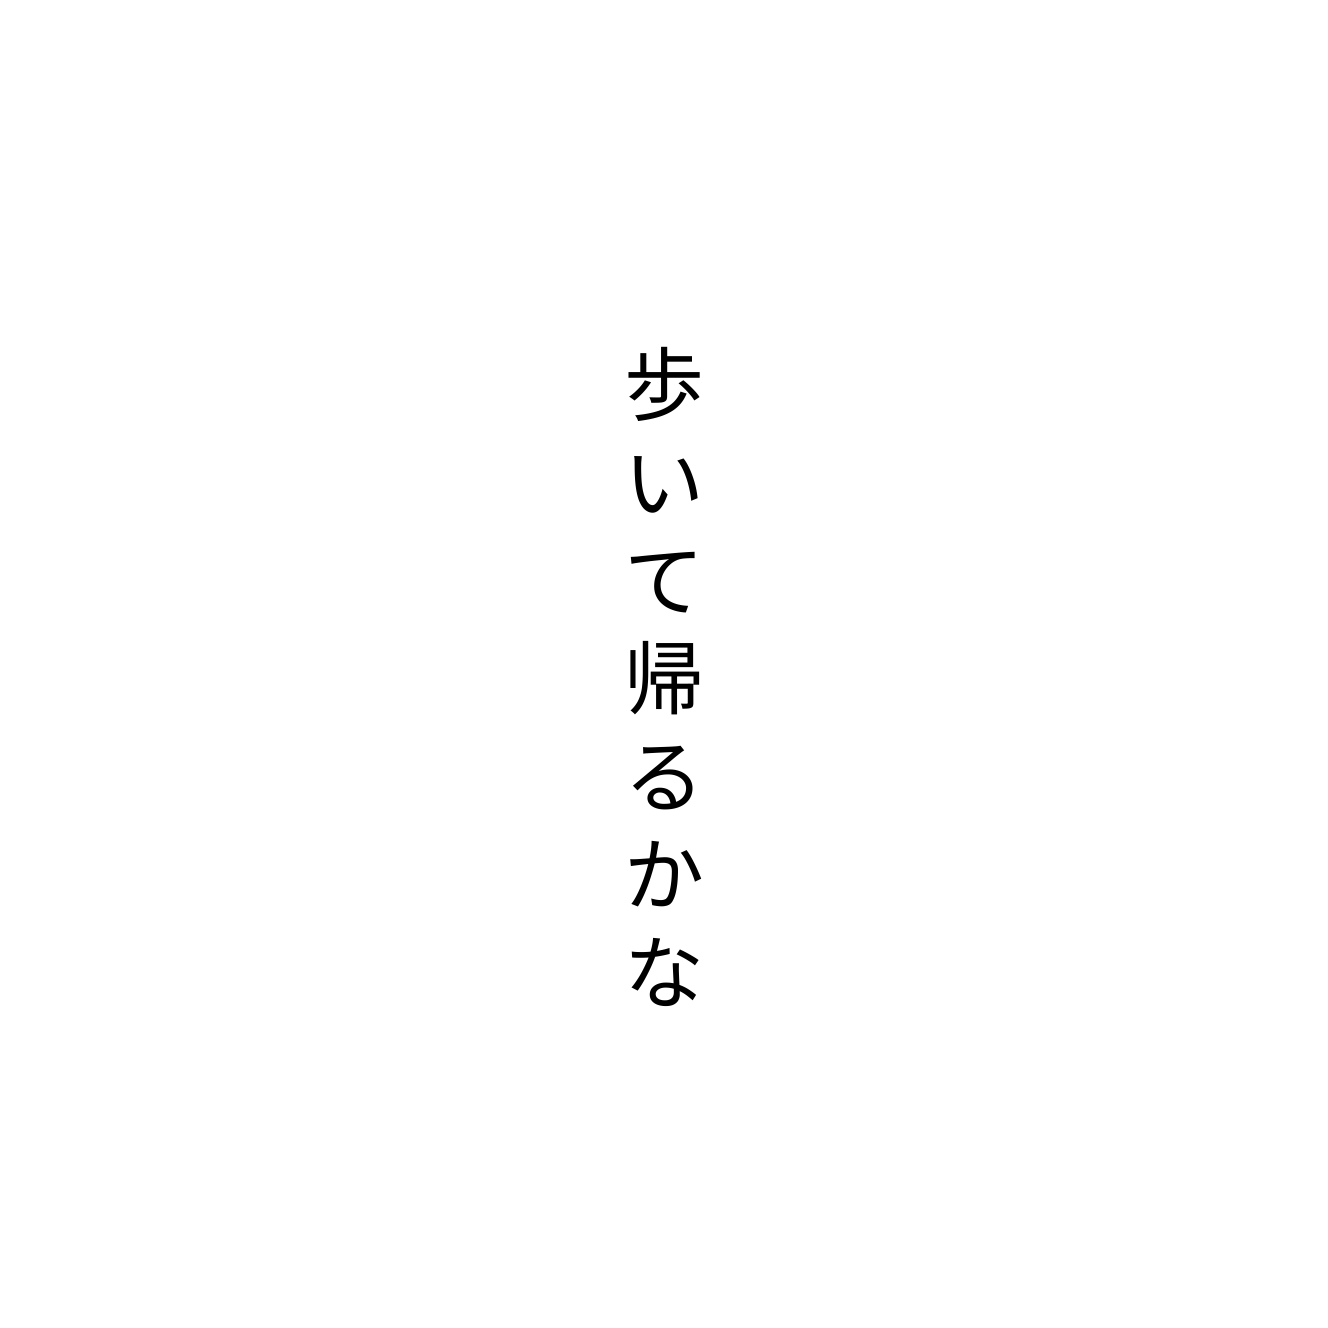
歩いて帰るかな